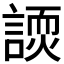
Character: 𬢽